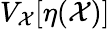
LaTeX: V_{\mathcal{X}}[\eta(\mathcal{X})]